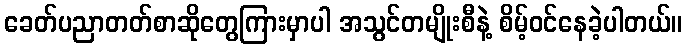
ခေတ်ပညာတတ်စာဆိုတွေကြားမှာပါ အသွင်တမျိုးစီနဲ့ စိမ့်ဝင်နေခဲ့ပါတယ်။